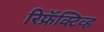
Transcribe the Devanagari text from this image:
रिफ्रॅक्‍टिव्ह